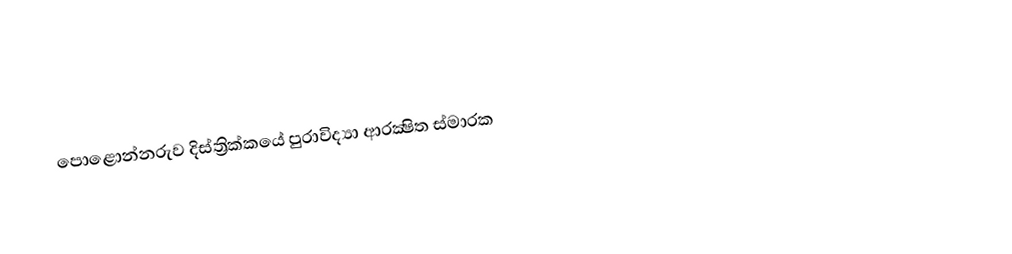
පොළොන්නරුව දිස්ත්‍රික්කයේ පුරාවිද්‍යා ආරක්‍ෂිත ස්මාරක